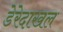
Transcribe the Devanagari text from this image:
डेरेदाखल